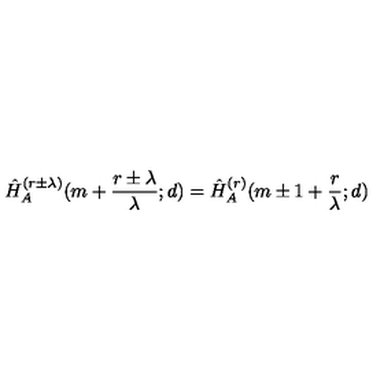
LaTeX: \hat { H } _ { A } ^ { ( r \pm \lambda ) } ( m + \frac { r \pm \lambda } { \lambda } ; d ) = \hat { H } _ { A } ^ { ( r ) } ( m \pm 1 + \frac { r } { \lambda } ; d )